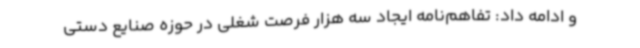
و ادامه داد: تفاهم‌نامه ایجاد سه هزار فرصت شغلی در حوزه صنایع دستی